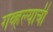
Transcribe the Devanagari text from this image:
गव्हल्याची